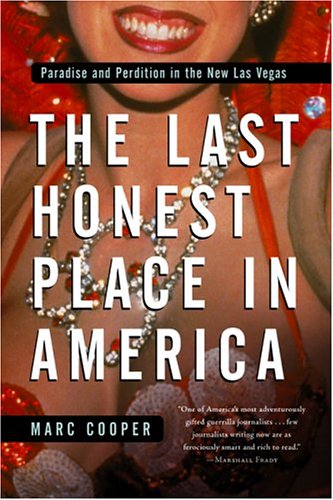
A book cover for The Last Honest Place in America: Paradise and Perdition in the New Las Vegas (Nation Books); Marc Cooper; Travel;